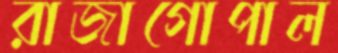
রাজাগোপাল